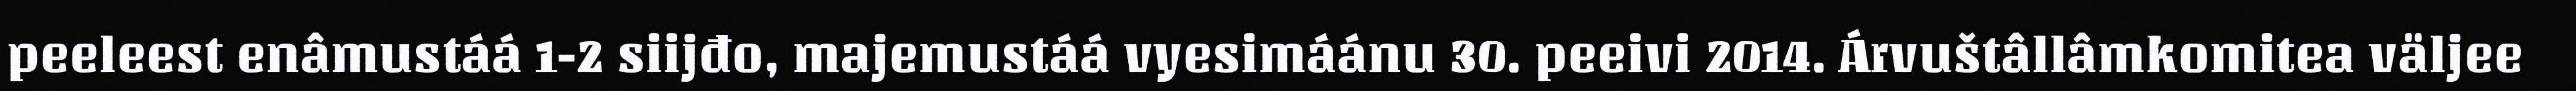
peeleest enâmustáá 1-2 siijđo, majemustáá vyesimáánu 30. peeivi 2014. Árvuštâllâmkomitea väljee